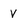
Character: v